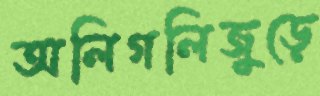
অলিগলিজুড়ে